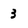
Character: 3